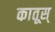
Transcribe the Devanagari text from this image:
कातूस्